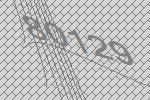
80129